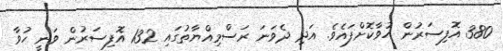
380 އޮފިސަރުން ހުވާކޮށްފައެވެ. އަދި ދެވަނަ ރަސްމިއްޔާތުގައި 132 އޮފިސަރުން ވަނީ ހުވާ